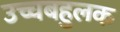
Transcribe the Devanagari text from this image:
उच्चबहुलक